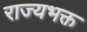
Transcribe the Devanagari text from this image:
राज्यभक्त